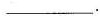
___.